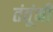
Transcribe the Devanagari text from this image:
तंतूंनी